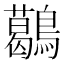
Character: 𪆰